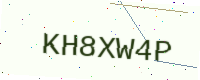
Text: KH8XW4P